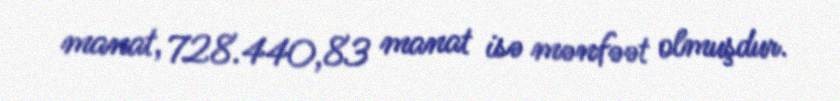
manat, 728.440,83 manat isə mənfəət olmuşdur.